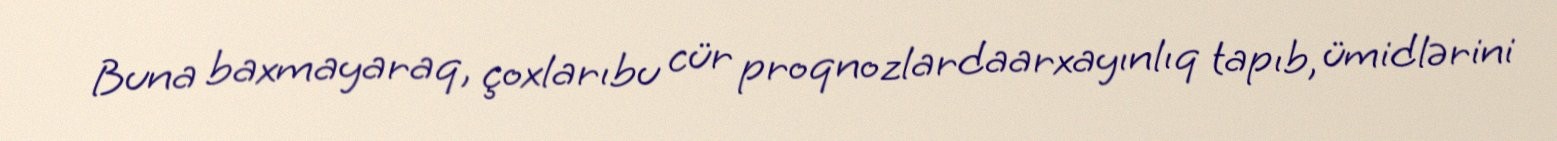
Buna baxmayaraq, çoxlarıbu cür proqnozlardaarxayınlıq tapıb, ümidlərini